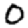
Digit: 0